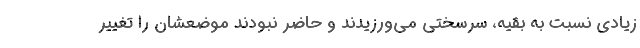
زیادی نسبت به بقیه، سرسختی می‌ورزیدند و حاضر نبودند موضعشان را تغییر